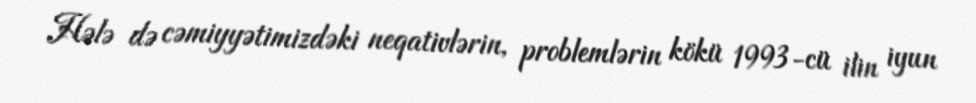
Hələ də cəmiyyətimizdəki neqativlərin, problemlərin kökü 1993-cü ilin iyun